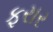
ફરાર